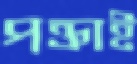
পক্তাই